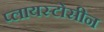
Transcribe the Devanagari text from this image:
प्लायस्टोसीन